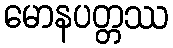
မောနပတ္တဿ